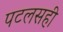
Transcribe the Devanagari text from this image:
पटलसही